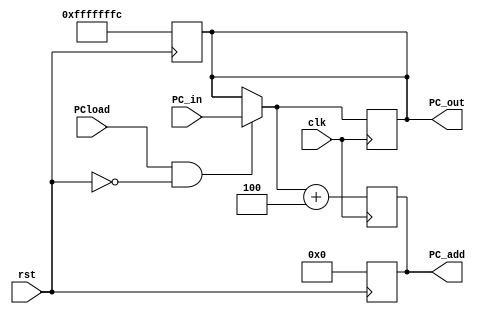
module PC_module(PC_in, PC_out,PC_add,clk,rst,PCload);
input [31:0] PC_in;
output reg [31:0] PC_out;
output reg [31:0] PC_add;
input clk,rst,PCload;


always @( posedge rst)
begin
	PC_out=32'hfffffffc;
	PC_add=32'h00000000;
end
always @(posedge clk)
begin
if ((PCload)&&(rst==0))
begin
	PC_out=PC_in;
end
PC_add=PC_out+4; 
end
endmodule